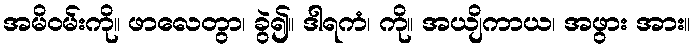
အမိဝမ်းကို။ ဖာလေတွာ၊ ခွဲ၍။ ဒါရကံ၊ ကို။ အယျိကာယ၊ အဖွား အား။